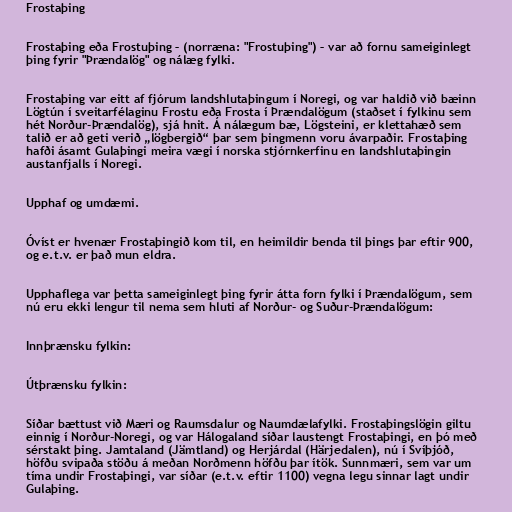
Frostaþing

Frostaþing eða Frostuþing – (norræna: "Frostuþing") – var að fornu sameiginlegt
þing fyrir "Þrændalög" og nálæg fylki.

Frostaþing var eitt af fjórum landshlutaþingum í Noregi, og var haldið við bæinn
Lögtún í sveitarfélaginu Frostu eða Frosta í Þrændalögum (staðset í fylkinu sem
hét Norður-Þrændalög), sjá hnit. Á nálægum bæ, Lögsteini, er klettahæð sem
talið er að geti verið „lögbergið“ þar sem þingmenn voru ávarpaðir. Frostaþing
hafði ásamt Gulaþingi meira vægi í norska stjórnkerfinu en landshlutaþingin
austanfjalls í Noregi.

Upphaf og umdæmi.

Óvíst er hvenær Frostaþingið kom til, en heimildir benda til þings þar eftir 900,
og e.t.v. er það mun eldra.

Upphaflega var þetta sameiginlegt þing fyrir átta forn fylki í Þrændalögum, sem
nú eru ekki lengur til nema sem hluti af Norður- og Suður-Þrændalögum:

Innþrænsku fylkin:

Útþrænsku fylkin:

Síðar bættust við Mæri og Raumsdalur og Naumdælafylki. Frostaþingslögin giltu
einnig í Norður-Noregi, og var Hálogaland síðar laustengt Frostaþingi, en þó með
sérstakt þing. Jamtaland (Jämtland) og Herjárdal (Härjedalen), nú í Svíþjóð,
höfðu svipaða stöðu á meðan Norðmenn höfðu þar ítök. Sunnmæri, sem var um
tíma undir Frostaþingi, var síðar (e.t.v. eftir 1100) vegna legu sinnar lagt undir
Gulaþing.